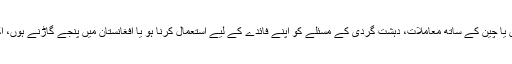
ہندوستان میں پاکستان کے ساتھ تعلقات ہوں یا چین کے ساتھ معاملات، دہشت گردی کے مسئلے کو اپنے فائدے کے لیے استعمال کرنا ہو یا افغانستان میں پنجے گاڑنے ہوں، اکثریتی تجاویز فوج کی ہی مانی جاتی ہے۔